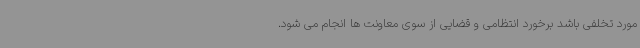
مورد تخلفی باشد برخورد انتظامی و قضایی از سوی معاونت ها انجام می شود.